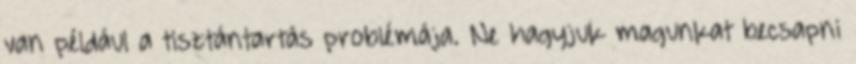
van például a tisztántartás problémája. Ne hagyjuk magunkat becsapni